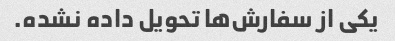
یکی از سفارش‌ها تحویل داده نشده.